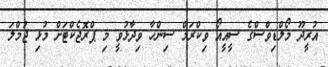
އުރީދޫ މޯލްޑިވްސްގެ ސީއީއޯ ވިކްރަމް ސިންހާ ވިދާޅުވީ މި ޕްރޮޖެކްޓަށް މުޅި ޖުމްލަ